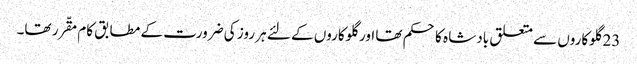
23 گلوکاروں سے متعلق بادشا ہ کا حکم تھا اور گلوکاروں کے لئے ہر روز کی ضرورت کے مطابق کام مقّرر تھا۔